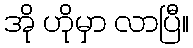
အို ဟိုမှာ လာပြီ။